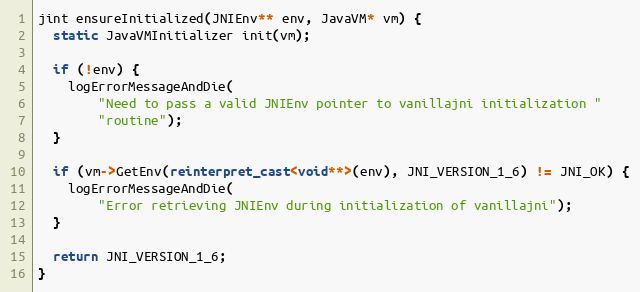
Language: C++
jint ensureInitialized(JNIEnv** env, JavaVM* vm) {
  static JavaVMInitializer init(vm);

  if (!env) {
    logErrorMessageAndDie(
        "Need to pass a valid JNIEnv pointer to vanillajni initialization "
        "routine");
  }

  if (vm->GetEnv(reinterpret_cast<void**>(env), JNI_VERSION_1_6) != JNI_OK) {
    logErrorMessageAndDie(
        "Error retrieving JNIEnv during initialization of vanillajni");
  }

  return JNI_VERSION_1_6;
}